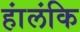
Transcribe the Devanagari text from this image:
हांलंकि